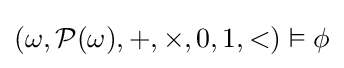
(\omega ,{\mathcal {P}}(\omega ),+,\times ,0,1,<)\vDash \phi